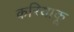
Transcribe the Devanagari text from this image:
करियाकू